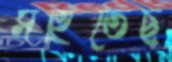
সহিতেছ